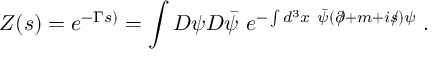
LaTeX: Z ( s ) = e ^ { - \Gamma s ) } = \int { \cal D } \psi { \cal D } \bar { \psi } ~ e ^ { - \int d ^ { 3 } x ~ \bar { \psi } ( \partial \! \! \! / + m + i s \! \! \! / ) \psi } \; .